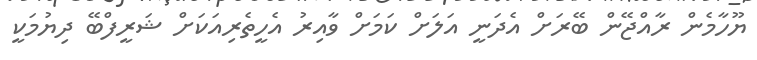
ޔޫހާމެން ރާއްޖޭން ބޭރަށް އެދަނީ އަލަށް ކަމަށް ވާއިރު އެހީތެރިއަކަށް ޝަރީފްބޭ ދިޔުމަކީ